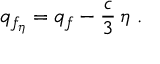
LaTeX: q _ { f _ { \eta } } = q _ { f } - { \frac { c } { 3 } } \, \eta ~ .